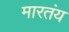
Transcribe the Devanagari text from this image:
मारतंय